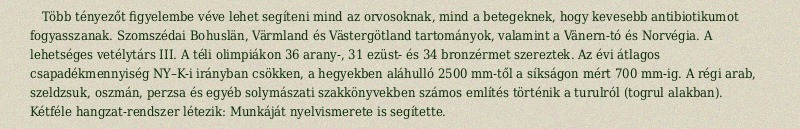
Több tényezőt figyelembe véve lehet segíteni mind az orvosoknak, mind a betegeknek, hogy kevesebb antibiotikumot fogyasszanak. Szomszédai Bohuslän, Värmland és Västergötland tartományok, valamint a Vänern-tó és Norvégia. A lehetséges vetélytárs III. A téli olimpiákon 36 arany-, 31 ezüst- és 34 bronzérmet szereztek. Az évi átlagos csapadékmennyiség NY–K-i irányban csökken, a hegyekben aláhulló 2500 mm-től a síkságon mért 700 mm-ig. A régi arab, szeldzsuk, oszmán, perzsa és egyéb solymászati szakkönyvekben számos említés történik a turulról (togrul alakban). Kétféle hangzat-rendszer létezik: Munkáját nyelvismerete is segítette.